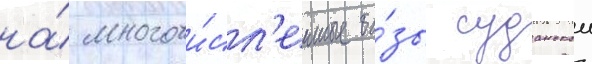
на́ многочи́сл'енные ба́зы суданскои